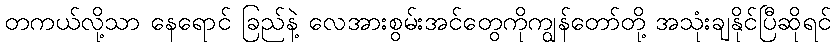
တကယ်လို့သာ နေရောင် ခြည်နဲ့ လေအားစွမ်းအင်တွေကိုကျွန်တော်တို့ အသုံးချနိုင်ပြီဆိုရင်